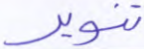
تنوير